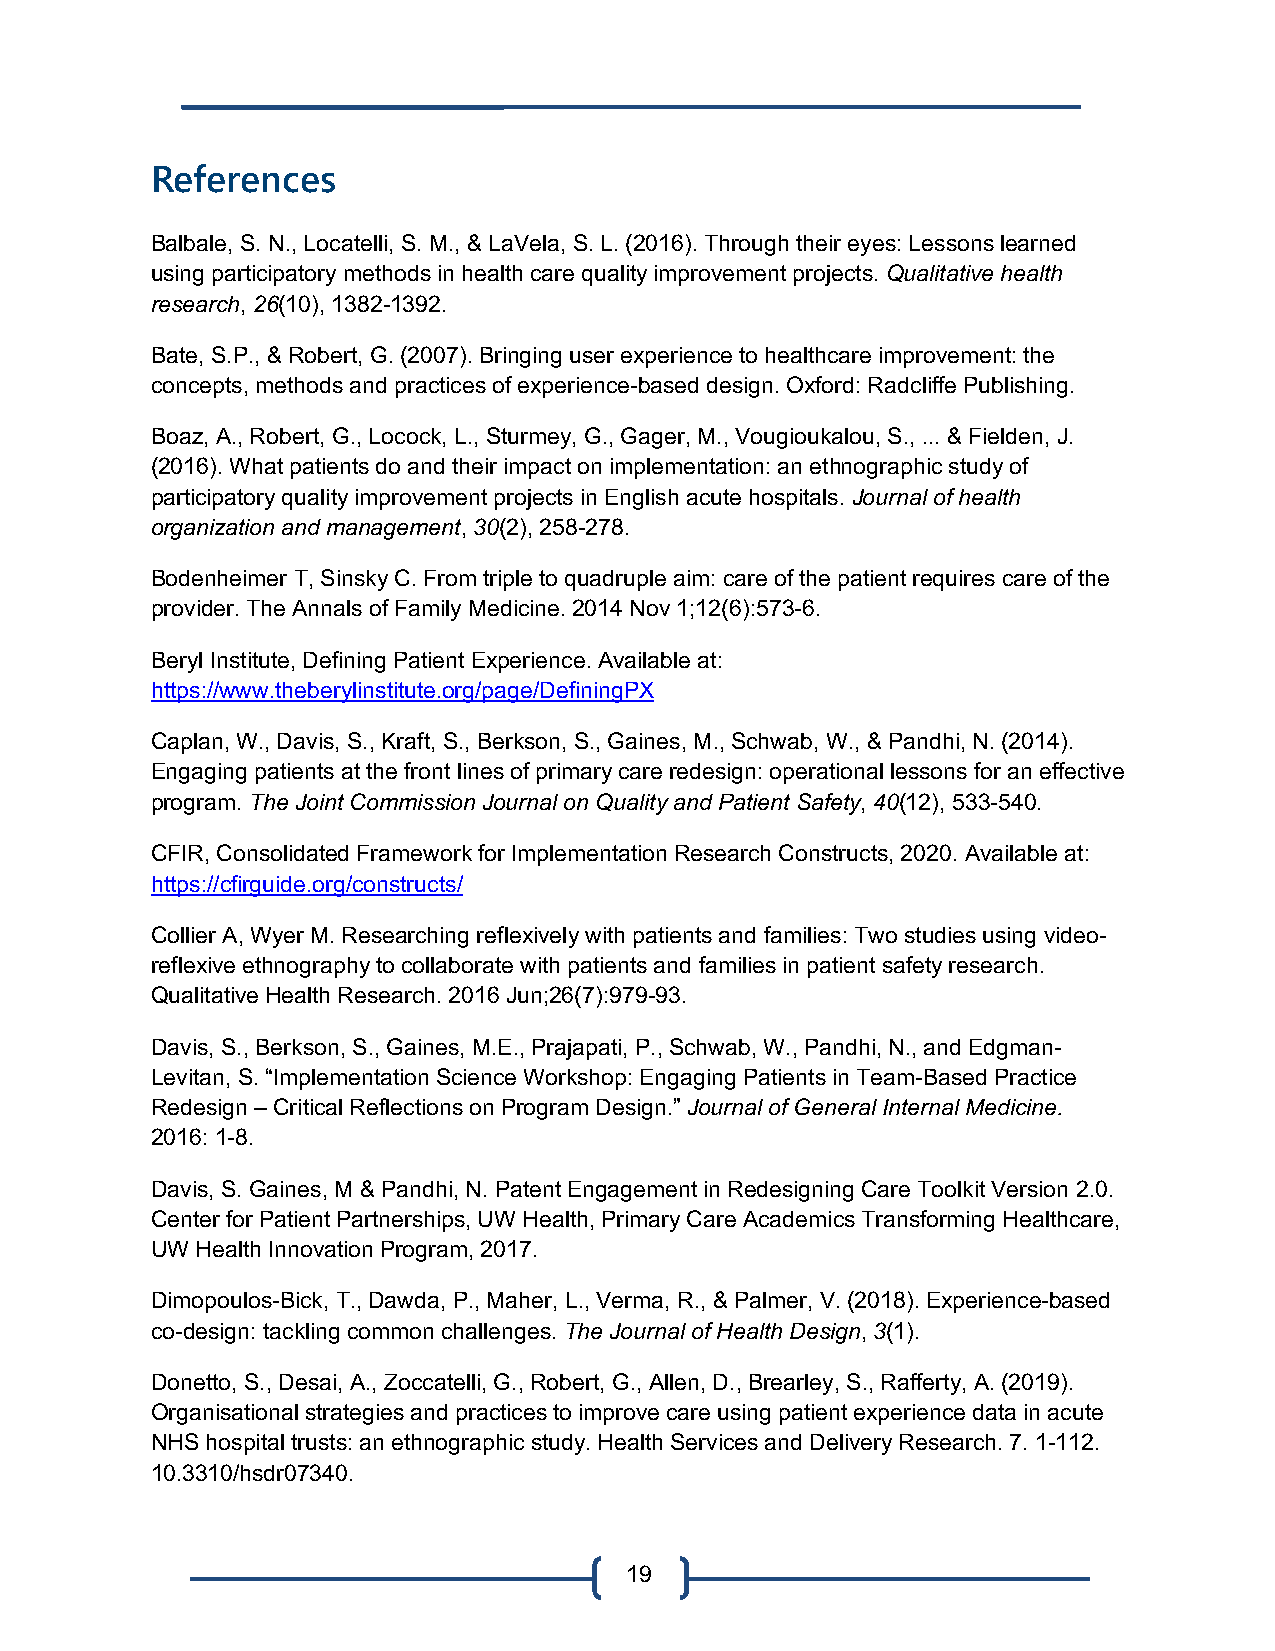
References
 Balbale, S. N., Locatelli, S. M., & LaVela, S. L. (2016). Through their eyes: Lessons learned
 using participatory methods in health care quality improvement projects. Qualitative health
 research, 26(10), 1382-1392.
 Bate, S.P., & Robert, G. (2007). Bringing user experience to healthcare improvement: the
 concepts, methods and practices of experience-based design. Oxford: Radcliffe Publishing.
 Boaz, A., Robert, G., Locock, L., Sturmey, G., Gager, M., Vougioukalou, S., ... & Fielden, J.
 (2016). What patients do and their impact on implementation: an ethnographic study of
 participatory quality improvement projects in English acute hospitals. Journal of health
 organization and management, 30(2), 258-278.
 Bodenheimer T, Sinsky C. From triple to quadruple aim: care of the patient requires care of the
 provider. The Annals of Family Medicine. 2014 Nov 1;12(6):573-6.
 Beryl Institute, Defining Patient Experience. Available at:
 https://www.theberylinstitute.org/page/DefiningPX
 Caplan, W., Davis, S., Kraft, S., Berkson, S., Gaines, M., Schwab, W., & Pandhi, N. (2014).
 Engaging patients at the front lines of primary care redesign: operational lessons for an effective
 program. The Joint Commission Journal on Quality and Patient Safety, 40(12), 533-540.
 CFIR, Consolidated Framework for Implementation Research Constructs, 2020. Available at:
 https://cfirguide.org/constructs/
 Collier A, Wyer M. Researching reflexively with patients and families: Two studies using video-
 reflexive ethnography to collaborate with patients and families in patient safety research.
 Qualitative Health Research. 2016 Jun;26(7):979-93.
 Davis, S., Berkson, S., Gaines, M.E., Prajapati, P., Schwab, W., Pandhi, N., and Edgman-
 Levitan, S. “Implementation Science Workshop: Engaging Patients in Team-Based Practice
 Redesign – Critical Reflections on Program Design.” Journal of General Internal Medicine.
 2016: 1-8.
 Davis, S. Gaines, M & Pandhi, N. Patent Engagement in Redesigning Care Toolkit Version 2.0.
 Center for Patient Partnerships, UW Health, Primary Care Academics Transforming Healthcare,
 UW Health Innovation Program, 2017.
 Dimopoulos-Bick, T., Dawda, P., Maher, L., Verma, R., & Palmer, V. (2018). Experience-based
 co-design: tackling common challenges. The Journal of Health Design, 3(1).
 Donetto, S., Desai, A., Zoccatelli, G., Robert, G., Allen, D., Brearley, S., Rafferty, A. (2019).
 Organisational strategies and practices to improve care using patient experience data in acute
 NHS hospital trusts: an ethnographic study. Health Services and Delivery Research. 7. 1-112.
 10.3310/hsdr07340.
 19